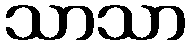
သာသာ